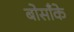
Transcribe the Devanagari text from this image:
बोसाँके